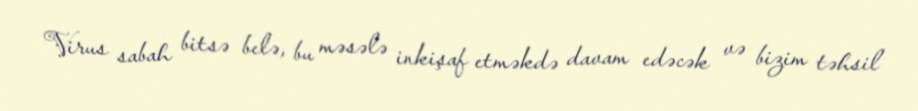
Virus sabah bitsə belə, bu məsələ inkişaf etməkdə davam edəcək və bizim təhsil